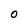
Character: 0